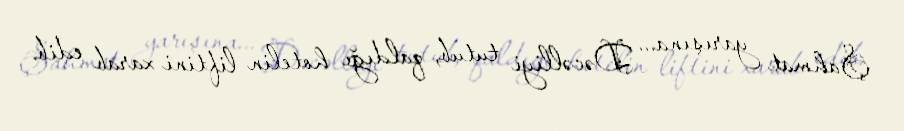
Şahmat yarışına... Dəcəlliyi tutub, qaldığı hotelin liftini xarab edib.